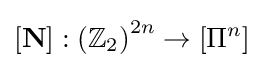
\left[\mathbf {N} \right]:\left(\mathbb {Z} _{2}\right)^{2n}\rightarrow \left[\Pi ^{n}\right]